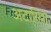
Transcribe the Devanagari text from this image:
अटारियां